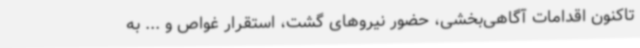
تاکنون اقدامات آگاهی‌بخشی، حضور نیروهای گشت، استقرار غواص و ... به